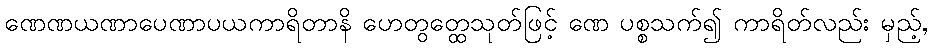
ဏေဏယဏာပေဏာပယကာရိတာနိ ဟေတွတ္ထေသုတ်ဖြင့် ဏေ ပစ္စသက်၍ ကာရိတ်လည်း မှည့်,